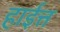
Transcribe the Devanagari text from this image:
हाईत्त